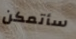
سأتمكن